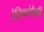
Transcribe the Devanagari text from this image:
दैनिकांपैकी